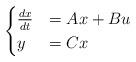
LaTeX: \begin{align*}\begin{cases}\frac{d x}{dt} &= Ax + Bu \\ y &= Cx\end{cases} \end{align*}